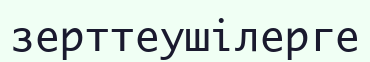
зерттеушілерге